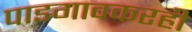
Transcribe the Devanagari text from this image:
पाडगावकरही